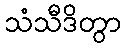
သံသီဒိတွာ